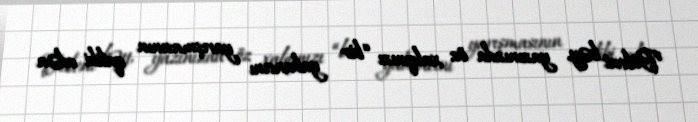
Bülent bəy, yazınızda öz xalqınızı “bir yabancını yarışmasının qalibi edən